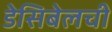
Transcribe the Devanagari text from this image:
डेसिबेलची